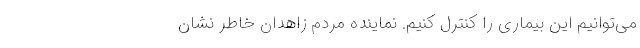
می‌توانیم این بیماری را کنترل کنیم. نماینده مردم زاهدان خاطر نشان